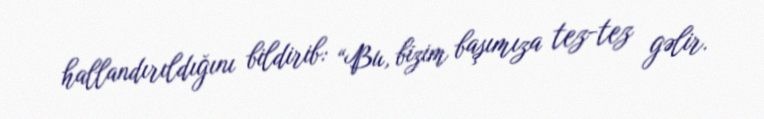
hallandırıldığını bildirib: “Bu, bizim başımıza tez-tez gəlir.